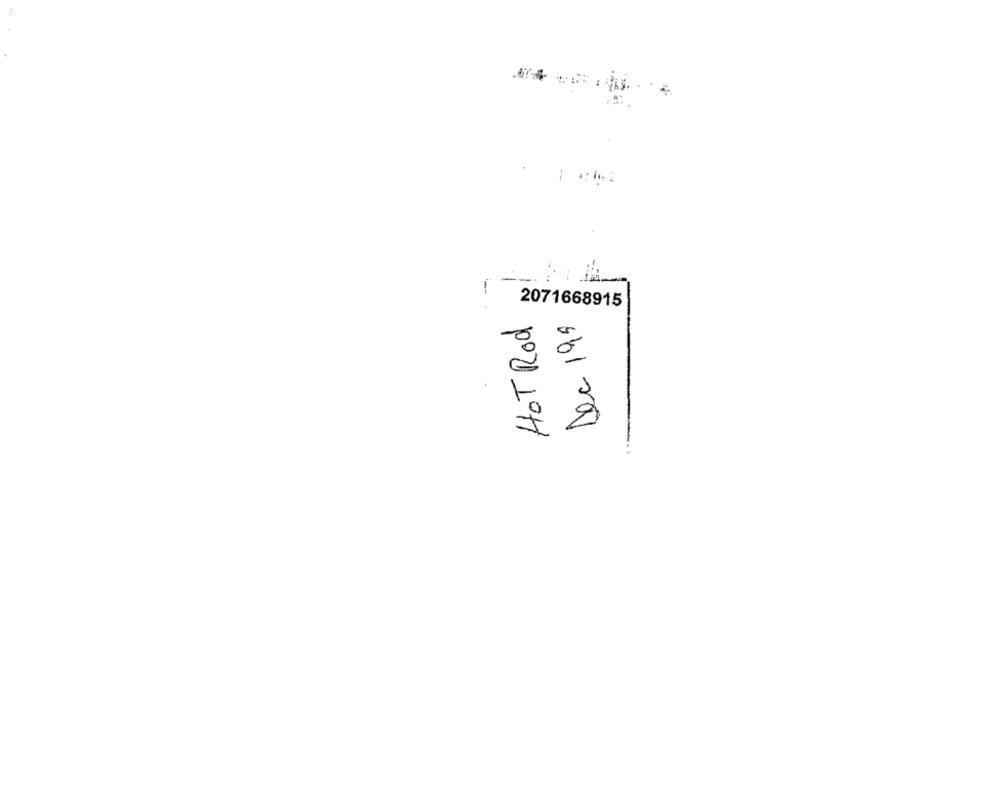
.:
2071668915
HOT Rod
Dec 199